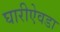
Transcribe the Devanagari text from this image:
घारीऐवडा